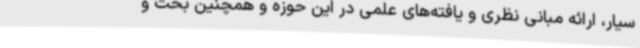
سیار، ارائه مبانی نظری و یافته‌های علمی در این حوزه و همچنین بحث و